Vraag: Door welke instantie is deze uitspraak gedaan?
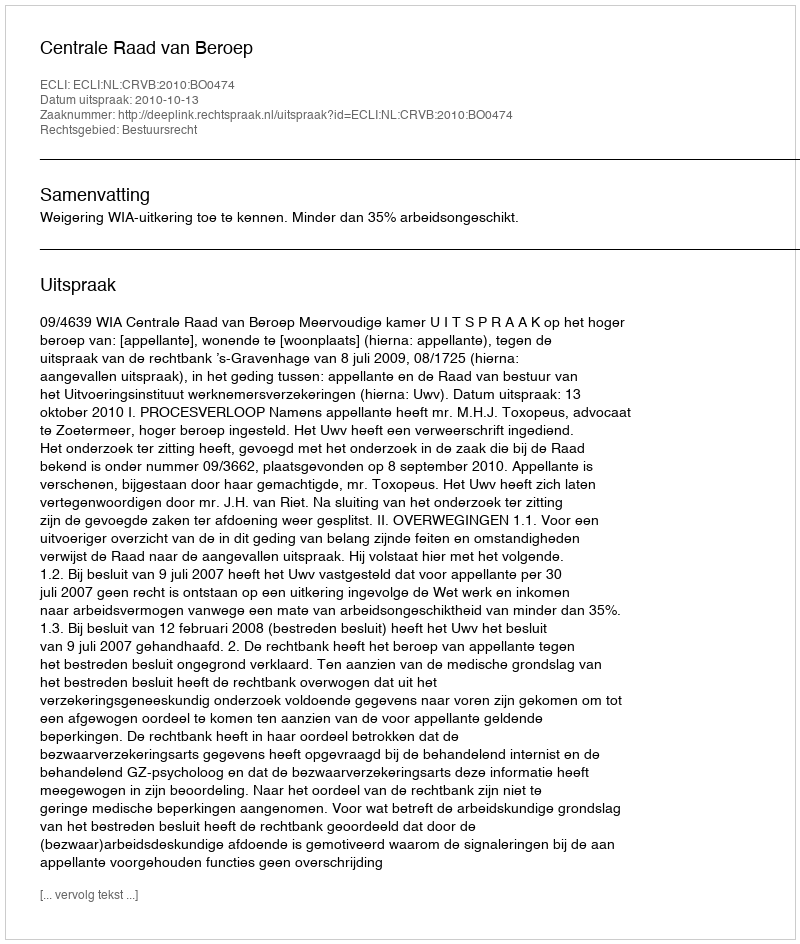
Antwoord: Centrale Raad van Beroep